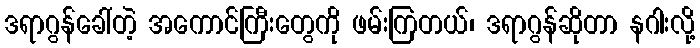
ဒရာဂွန်ခေါ်တဲ့ အကောင်ကြီးတွေကို ဖမ်းကြတယ်၊ ဒရာဂွန်ဆိုတာ နဂါးလို့